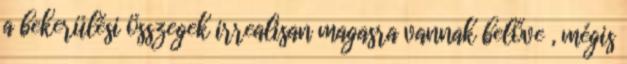
a bekerülési összegek irrealisan magasra vannak belőve , mégis